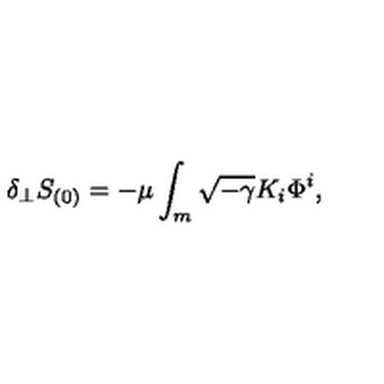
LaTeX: \delta _ { \perp } S _ { ( 0 ) } = - \mu \int _ { m } \sqrt { - \gamma } K _ { i } \Phi ^ { i } ,